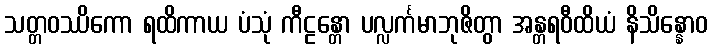
သတ္တဝဿိကော ရထိကာယ ပံသုံ ကီဠန္တော ပလ္လင်္ကမာဘုဇိတွာ အန္တရဝီထိယံ နိသိန္နောဝ